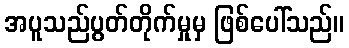
အပူသည်ပွတ်တိုက်မှုမှ ဖြစ်ပေါ်သည်။